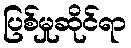
ပြစ်မှုဆိုင်ရာ